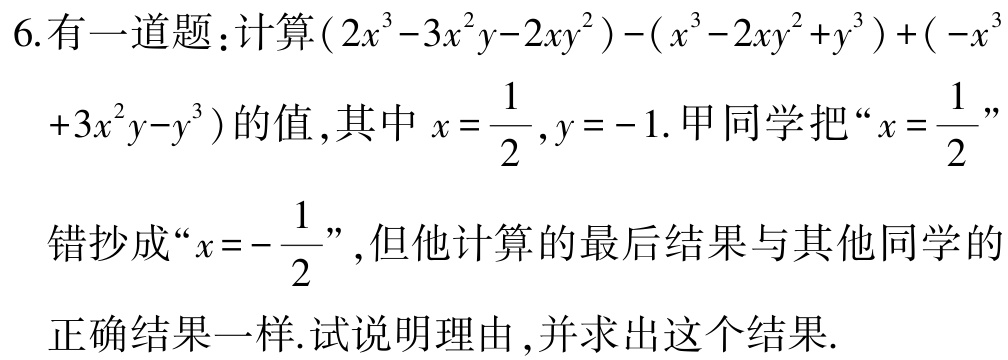
6. 有一道题：计算\((2x^{3}-3x^{2}y - 2xy^{2})-(x^{3}-2xy^{2}+y^{3})+(-x^{3}+3x^{2}y - y^{3})\)的值, 其中\(x = \frac{1}{2},y = - 1\). 甲同学把“\(x = \frac{1}{2}\)”错抄成“\(x = -\frac{1}{2}\)”, 但他计算的最后结果与其他同学的正确结果一样. 试说明理由, 并求出这个结果.